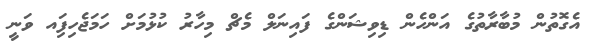
އެގޮތުން މުބާރާތުގެ އަންހެން ޑިވިޝަންގެ ފައިނަލް މެޗް މިހާރު ކުޅުމަށް ހަމަޖެހިފަިއ ވަނީ